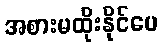
အစားမထိုးနိုင်ပေ